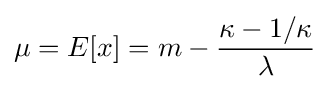
\mu =E[x]=m-{\frac {\kappa -1/\kappa }{\lambda }}